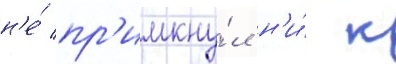
н'е́ пр'имкну́л н'и́ к